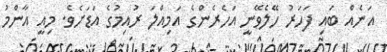
އަނެއް ބައި ފަހަރު ހޭލެވޭނީ އަހެރެންގެ އަމިއްލަ ރުއިމުގެ އަޑަށެވެ. މިއީ އާންމު